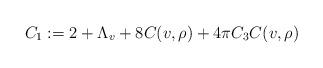
LaTeX: \begin{align*}C_1:=2+\Lambda_v+8 C(v, \rho) +4\pi C_3 C(v,\rho)\end{align*}